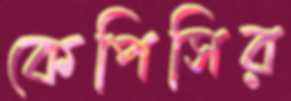
কেপিসির